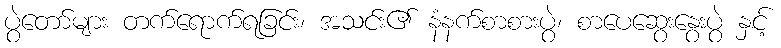
ပွဲတော်များ တက်ရောက်ရခြင်း၊ အသင်း၏ နံနက်စာစားပွဲ၊ စာပေဆွေးနွေးပွဲ နှင့်